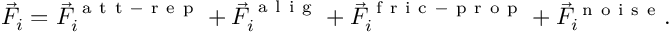
\vec { F } _ { i } = \vec { F } _ { i } ^ { \mathrm { ~ a ~ t ~ t ~ - ~ r ~ e ~ p ~ } } + \vec { F } _ { i } ^ { \mathrm { ~ a ~ l ~ i ~ g ~ } } + \vec { F } _ { i } ^ { \mathrm { ~ f ~ r ~ i ~ c ~ - ~ p ~ r ~ o ~ p ~ } } + \vec { F } _ { i } ^ { \mathrm { ~ n ~ o ~ i ~ s ~ e ~ } } .